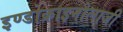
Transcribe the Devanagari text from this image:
इण्डोक्राइनोलाजी